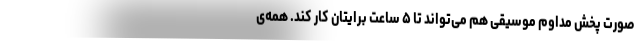
صورت پخش مداوم موسیقی هم می‌تواند تا ۵ ساعت برایتان کار کند. همه‌ی